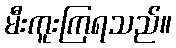
မီးကူးကြရသည်။